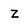
Character: Z